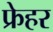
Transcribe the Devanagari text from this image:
फ्रेहर